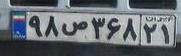
۹۸ص۳۶۸۲۱